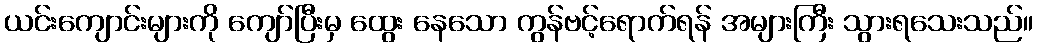
ယင်းကျောင်းများကို ကျော်ပြီးမှ ထွေး နေသော ကွန်ဗင့်ရောက်ရန် အများကြီး သွားရသေးသည်။